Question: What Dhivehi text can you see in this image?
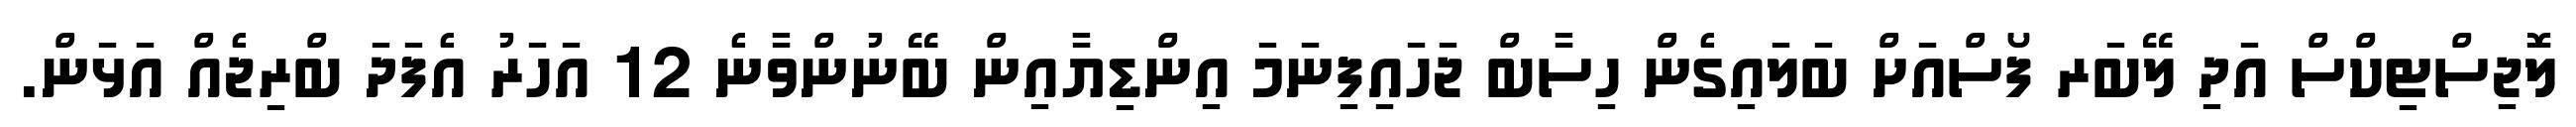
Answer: ލޮޖިސްޓިކްސް އަދި ލޭބަރ ފޯސްއަށް ބަލައިގެން ހިސާބް ޖަހައިފިނަމަ އިންޑިޔާއިން ބޭނުންވާނެ 12 އަހަރު އެފަދަ ބްރިޖެއް އަޅަން.